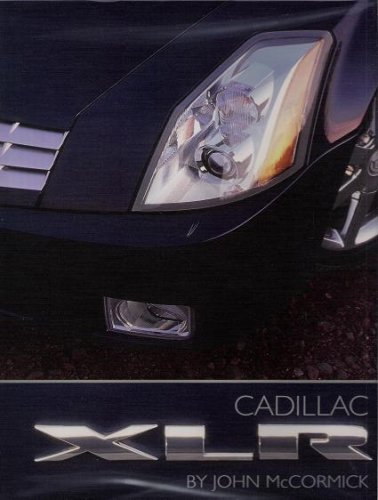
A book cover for Cadillac XLR; John McCormick; Engineering & Transportation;